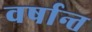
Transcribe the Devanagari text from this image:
वर्षान्त